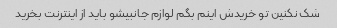
شک نکنین تو خریدش اینم بگم لوازم جانبیشو باید از اینترنت بخرید